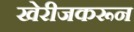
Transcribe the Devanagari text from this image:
खेरीजकरून